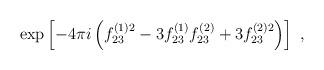
LaTeX: \begin{align*}\exp \left[ -4\pi i\left( f_{23}^{(1)2}-3f_{23}^{(1)} f_{23}^{(2)}+3f_{23}^{(2)2} \right) \right]\;,\end{align*}